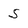
Character: 5